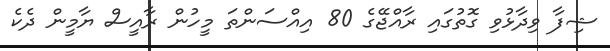
ޝިފާ ވިދާޅުވި ގޮތުގައި ރާއްޖޭގެ 80 އިއްސަންތަ މީހުން ރާއީސް ޔާމީން ދެކެ